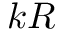
k R